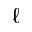
\ell